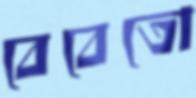
বেবেতো